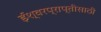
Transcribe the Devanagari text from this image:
ईश्वरप्राप्‍तीसाठी